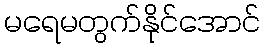
မရေမတွက်နိုင်အောင်